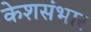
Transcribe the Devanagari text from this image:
केशसंभार